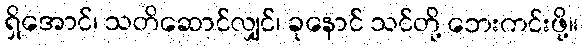
ရှိအောင်၊ သတိဆောင်လျှင်၊ ခုနောင် သင်တို့ ဘေးကင်းဖို့။